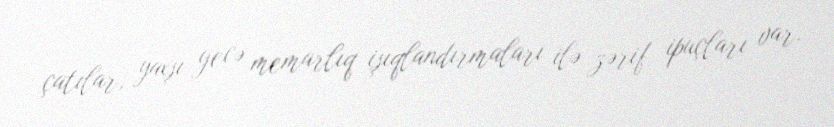
çatılar, yaxşı gecə memarlıq işıqlandırmaları ilə zərif ipuçları var.